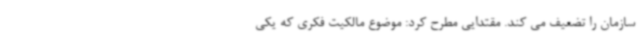
سازمان را تضعیف می کند. مقتدایی مطرح کرد: موضوع مالکیت فکری که یکی